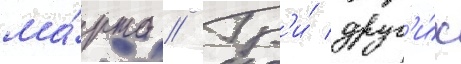
ма́рта // Тр'и́ друг'и́х